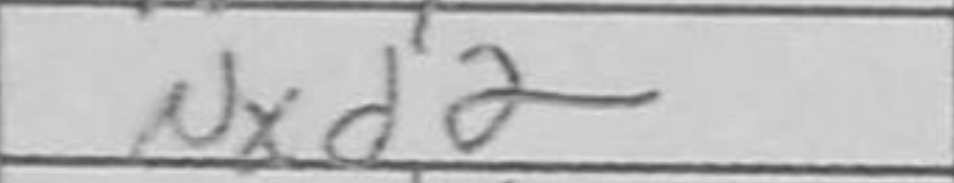
Transcription: Nxd2